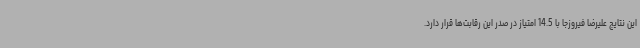
این نتایج علیرضا فیروزجا با 14.5 امتیاز در صدر این رقابت‌ها قرار دارد.